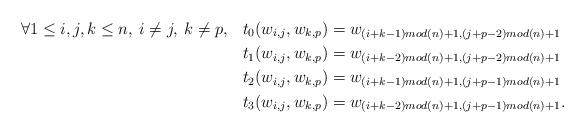
LaTeX: \begin{align*}\forall 1 \leq i,j,k \leq n, \: i \neq j, \: k \neq p, \:\:\:\: & t_0(w_{i,j},w_{k,p})=w_{(i+k-1) mod(n) +1, (j+p-2) mod(n) +1}\\&t_1(w_{i,j},w_{k,p})=w_{(i+k-2) mod(n) +1, (j+p-2) mod(n) +1}\\&t_2(w_{i,j},w_{k,p})=w_{(i+k-1) mod(n) +1, (j+p-1) mod(n) +1}\\&t_3(w_{i,j},w_{k,p})=w_{(i+k-2) mod(n) +1, (j+p-1) mod(n) +1}.\end{align*}